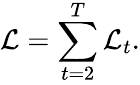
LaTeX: \mathcal{L}=\sum_{t=2}^{T}\mathcal{L}_{t}.